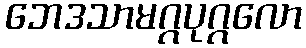
ဘေဒသာမဂ္ဂပုဂ္ဂလော